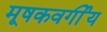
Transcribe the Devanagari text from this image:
मूषकवर्गीय